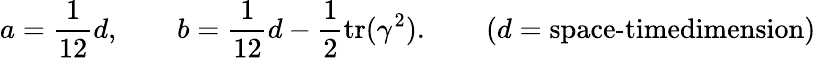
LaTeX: a=\frac{1}{12}d,\qquad b=\frac{1}{12}d-\frac{1}{2}\textrm{tr}(\gamma^{2}).\qquad(d=\textrm{space-timedimension})